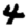
Digit: 4